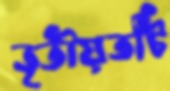
তৃতীয়তটি